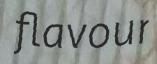
flavour